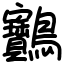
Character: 䴐